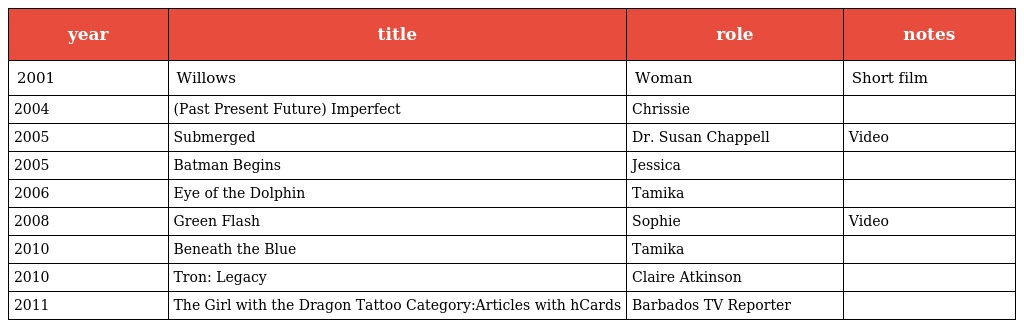
| year | title | role | notes |
 | --- | --- | --- | --- |
 | 2001 | Willows | Woman | Short film |
 | 2004 | (Past Present Future) Imperfect | Chrissie |  |
 | 2005 | Submerged | Dr. Susan Chappell | Video |
 | 2005 | Batman Begins | Jessica |  |
 | 2006 | Eye of the Dolphin | Tamika |  |
 | 2008 | Green Flash | Sophie | Video |
 | 2010 | Beneath the Blue | Tamika |  |
 | 2010 | Tron: Legacy | Claire Atkinson |  |
 | 2011 | The Girl with the Dragon Tattoo Category:Articles with hCards | Barbados TV Reporter |  |